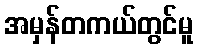
အမှန်တကယ်တွင်မူ